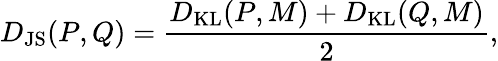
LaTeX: D_{\mathrm{JS}}(P,Q)=\frac{D_{\mathrm{KL}}(P,M)+D_{\mathrm{KL}}(Q,M)}{2},